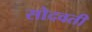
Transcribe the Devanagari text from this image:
सोदवती